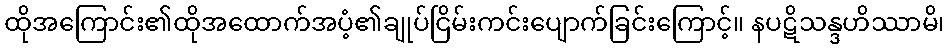
ထိုအကြောင်း၏ထိုအထောက်အပံ့၏ချုပ်ငြိမ်းကင်းပျောက်ခြင်းကြောင့်။ နပဋိသန္ဒဟိဿာမိ၊